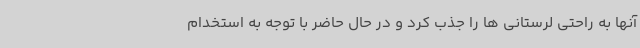
آنها به راحتی لرستانی ها را جذب کرد و در حال حاضر با توجه به استخدام